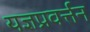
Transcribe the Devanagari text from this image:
यज्ञप्रवर्त्तन